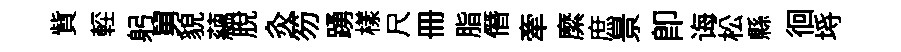
貲䡖躬舅貌藴脫灸笏踴樣尺册脂僭牽縻庶景卽诲松縣徊埓